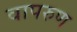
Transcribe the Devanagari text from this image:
वापरुण